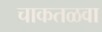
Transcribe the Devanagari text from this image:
चाकतळवा